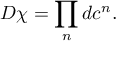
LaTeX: { \cal D } \chi = \prod _ { n } d c ^ { n } .